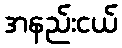
အနည်းငယ်